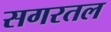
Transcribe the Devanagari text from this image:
सगरतल